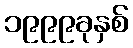
၁၉၉၉ခုနှစ်